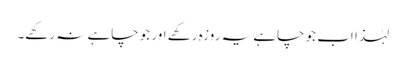
لہٰذا اب جو چاہے یہ روزہ رکھے اور جو چاہے نہ رکھے۔